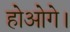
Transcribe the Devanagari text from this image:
होओगे।